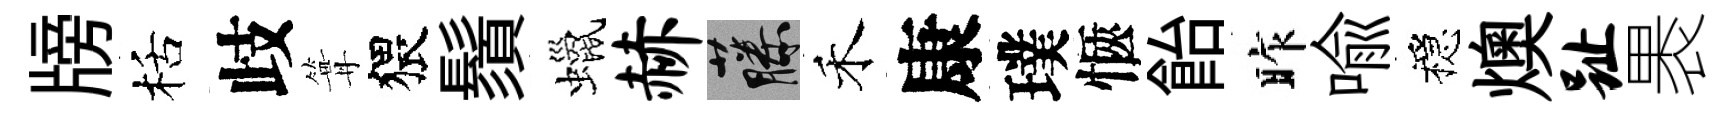
牓栝歧篝猥鬚蠟赫藤禾康璞愜飴昨喩穩燠趾褁